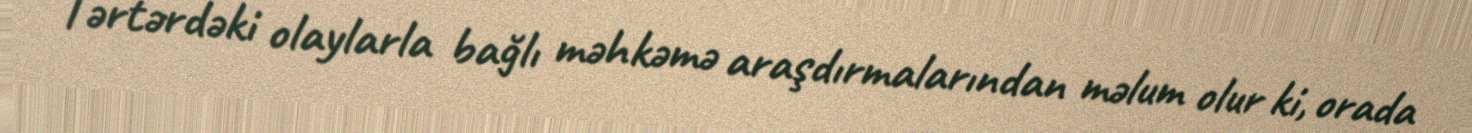
Tərtərdəki olaylarla bağlı məhkəmə araşdırmalarından məlum olur ki, orada